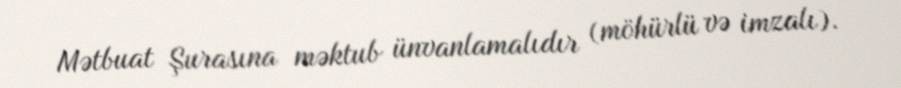
Mətbuat Şurasına məktub ünvanlamalıdır (möhürlü və imzalı).